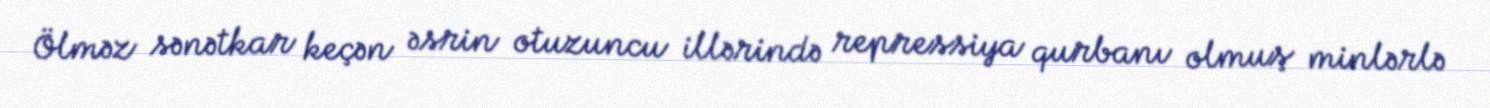
Ölməz sənətkar keçən əsrin otuzuncu illərində repressiya qurbanı olmuş minlərlə